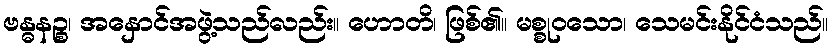
ဗန္ဓနဉ္စ၊ အနှောင်အဖွဲ့သည်လည်း။ ဟောတိ၊ ဖြစ်၏။ မစ္စုဝသော၊ သေမင်းနိုင်ငံသည်။